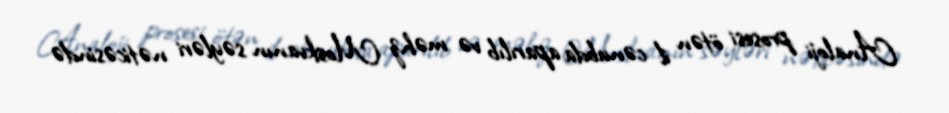
Analoji prosesi ötən il cənubda aparılıb və məhz Moskvanın səyləri nəticəsində